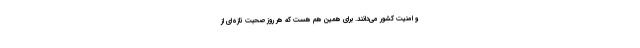
و امنيت كشور مي‌دانند. براي همين هم هست كه هر روز صحبت تازه‌اي از